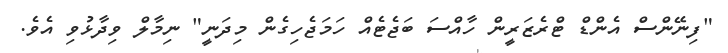
"ފިނޭންސް އެންޑް ޓްރެޒަރީން ހާއްސަ ބަޖެޓެއް ހަމަޖެހިގެން މިދަނީ" ނިމާލް ވިދާޅުވި އެވެ.